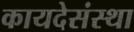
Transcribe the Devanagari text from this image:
कायदेसंस्था